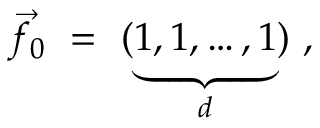
\vec { f _ { 0 } } \ = \ ( \underbrace { 1 , 1 , \ldots , 1 } _ { d } ) \ ,